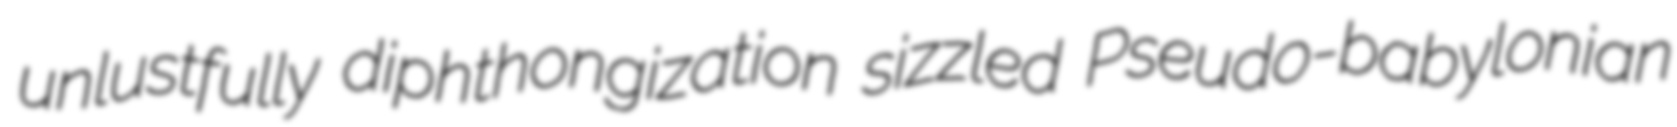
unlustfully diphthongization sizzled Pseudo-babylonian